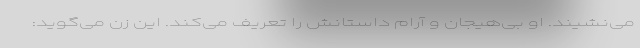
می‌نشیند. او بی‌هیجان و آرام داستانش را تعریف می‌کند. این زن می‌گوید: